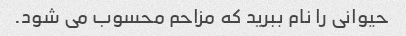
حیوانی را نام ببرید که مزاحم محسوب می شود.